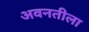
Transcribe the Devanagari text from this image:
अवनतीला